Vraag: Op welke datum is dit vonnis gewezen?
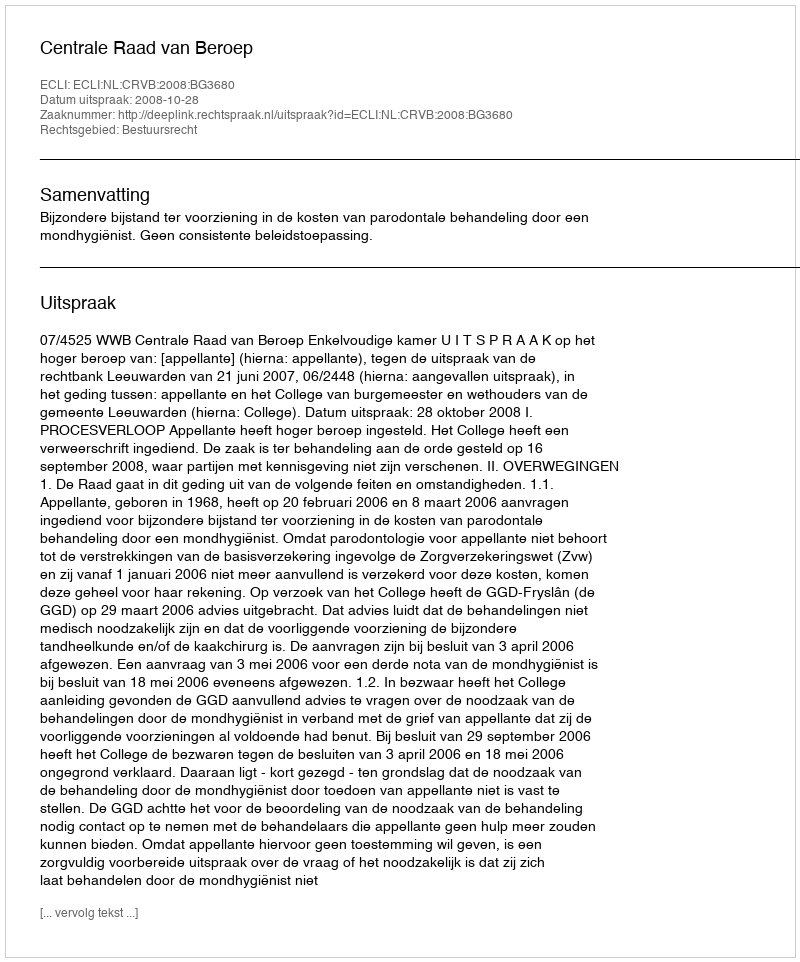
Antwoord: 2008-10-28